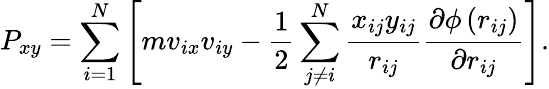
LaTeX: P_{xy}=\sum_{i=1}^{N}\left[mv_{ix}v_{iy}-\frac{1}{2}\sum_{j\neq i}^{N}\frac{x_{ij}y_{ij}}{r_{ij}}\frac{\partial\phi\left(r_{ij}\right)}{\partial r_{ij}}\right].